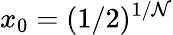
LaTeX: x_{0}=(1/2)^{1/\mathcal{N}}